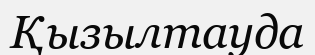
Қызылтауда